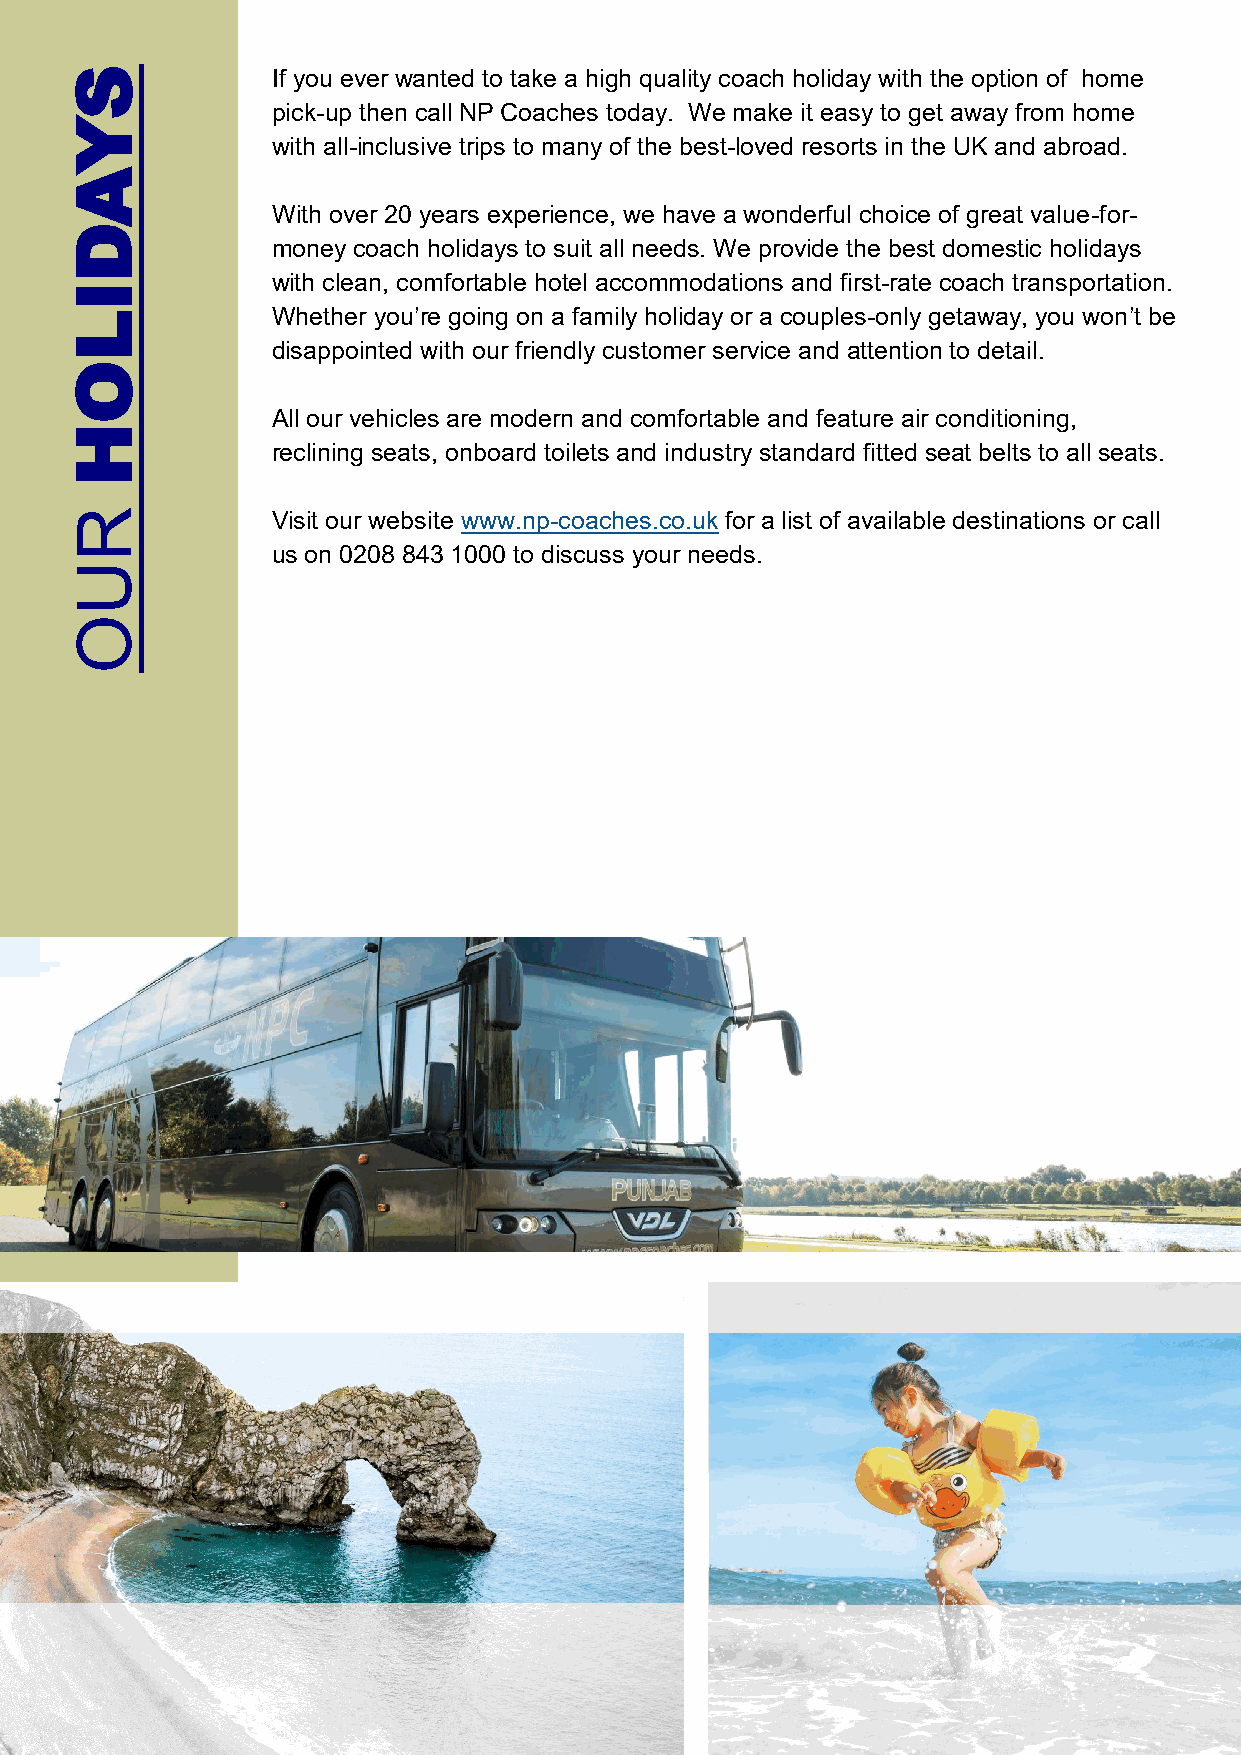
S            If you ever wanted to take a high quality coach holiday with the option of home
 pick-up then call NP Coaches today. We make it easy to get away from home
 Y
 with all-inclusive trips to many of the best-loved resorts in the UK and abroad.
 A
 With over 20 years experience, we have a wonderful choice of great value-for-
 D
 money coach holidays to suit all needs. We provide the best domestic holidays
 with clean, comfortable hotel accommodations and first-rate coach transportation.
 I
 L            Whether you’re going on a family holiday or a couples-only getaway, you won’t be
 disappointed with our friendly customer service and attention to detail.
 O
 All our vehicles are modern and comfortable and feature air conditioning,
 H
 reclining seats, onboard toilets and industry standard fitted seat belts to all seats.
 R            Visit our website www.np-coaches.co.uk for a list of available destinations or call
 us on 0208 843 1000 to discuss your needs.
 U
 O